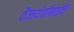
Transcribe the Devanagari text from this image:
वैजयंतीबाईंचे